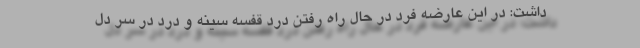
داشت: در این عارضه فرد در حال راه رفتن درد قفسه سینه و درد در سر دل